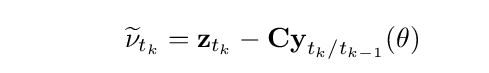
\qquad \qquad {\widetilde {\mathbf {\nu } }}_{t_{k}}=\mathbf {z} _{t_{k}}-\mathbf {Cy} _{t_{k}/t_{k-1}}(\theta )\qquad